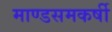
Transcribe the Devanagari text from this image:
माण्डसमकर्षी